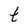
Character: t